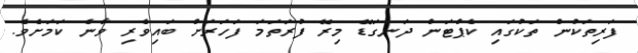
ފަރިތަކުން ތަކުގައި ކެޕްޓަން ދަނގަޑޭ މިރޭ ފުރަތަމަ ފަހަރަށް ބައިވެރި ވާނެ ކަމަށެވެ.